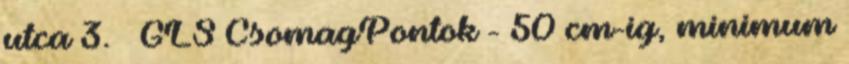
utca 3. » GLS CsomagPontok - 50 cm-ig, minimum